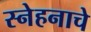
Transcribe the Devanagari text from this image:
स्नेहनाचे